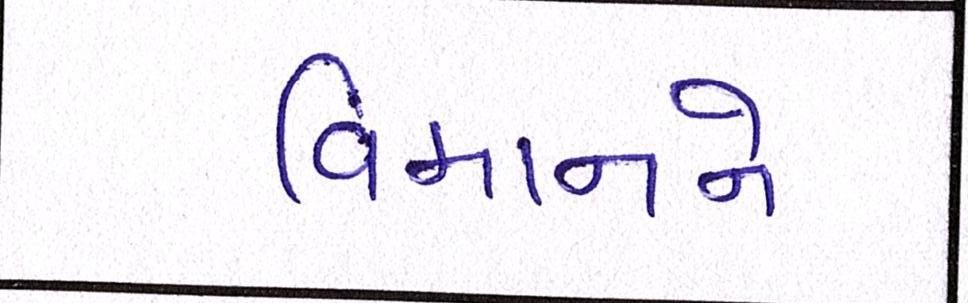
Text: વિમાનને